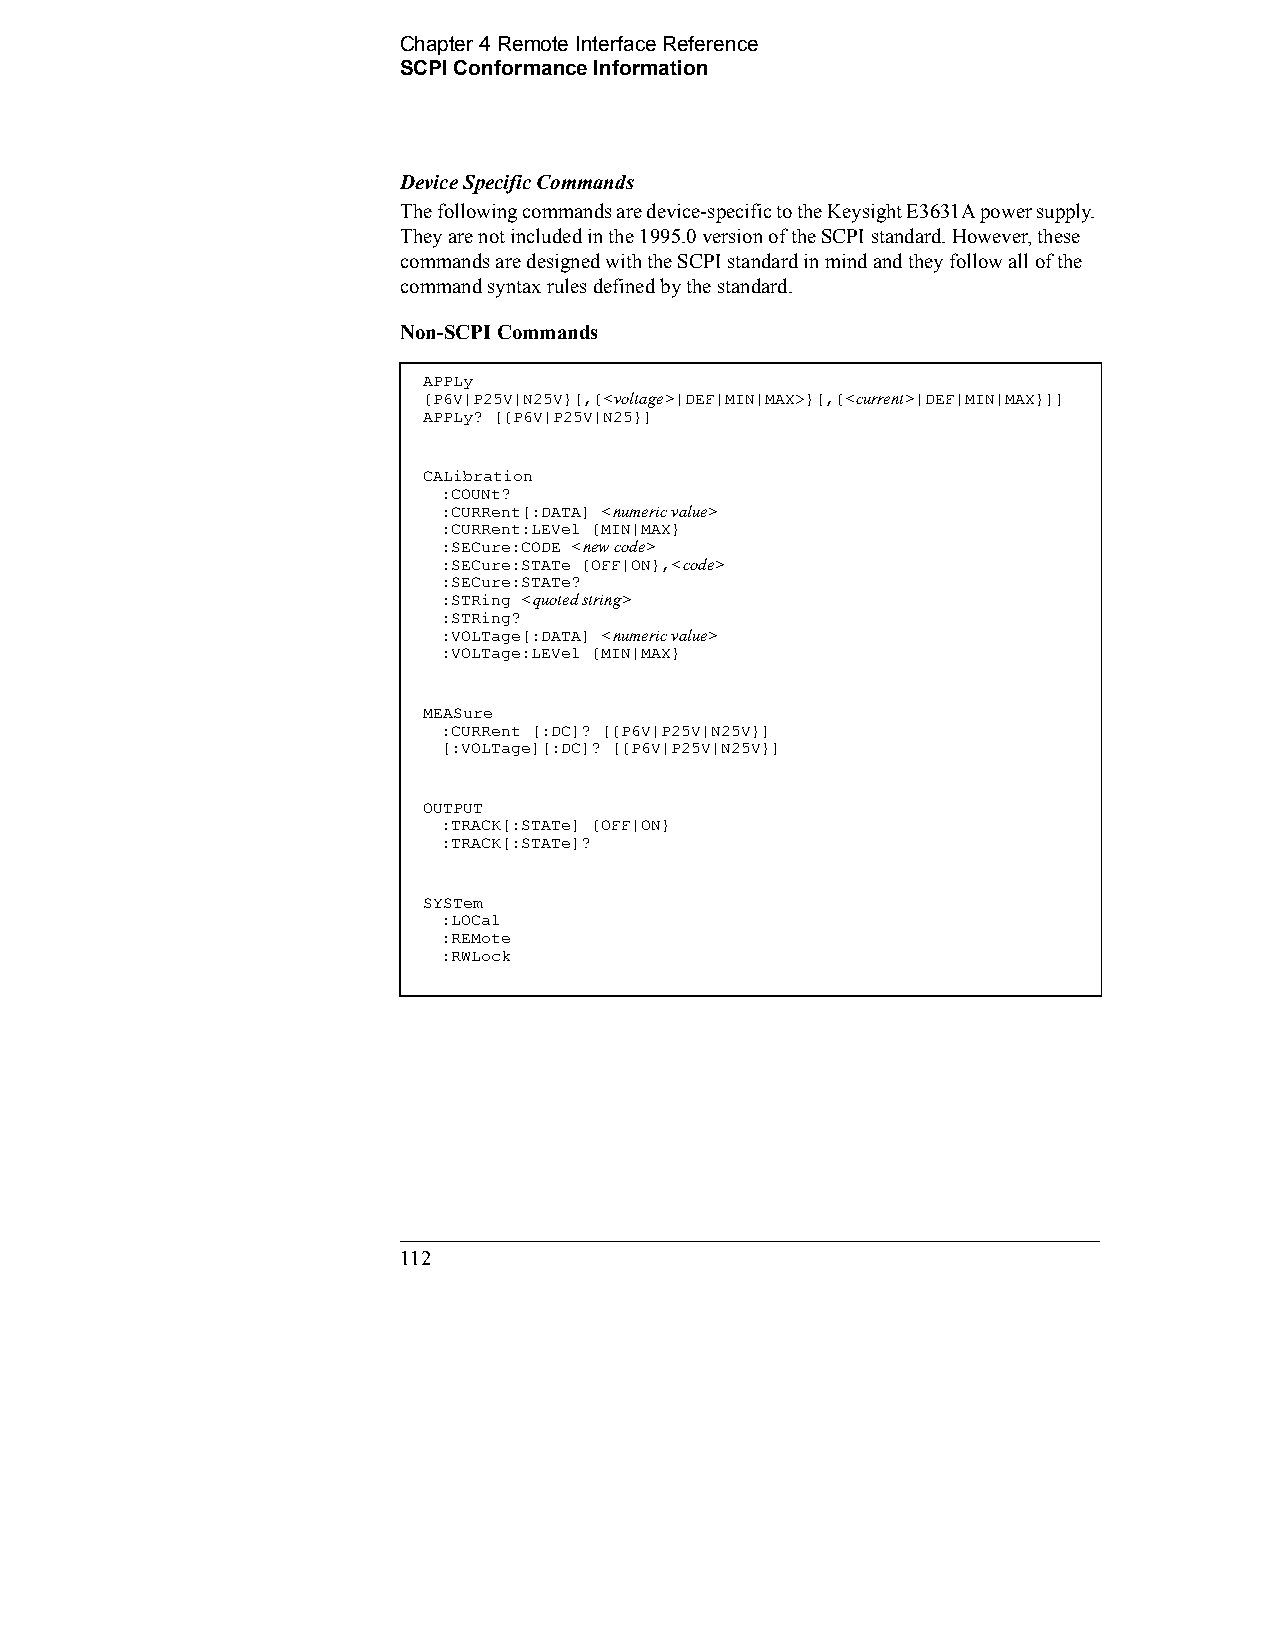
Chapter 4 Remote Interface Reference    
 SCPI Conformance Information
 Device Specific Commands
 The following commands are device-specific to the Keysight E3631A power supply.
 They are not included in the 1995.0 version of the SCPI standard. However, these
 commands are designed with the SCPI standard in mind and they follow all of the
 command syntax rules defined by the standard.
 Non-SCPI Commands
 APPLy
 {P6V|P25V|N25V}[,{<voltage>|DEF|MIN|MAX>}[,{<current>|DEF|MIN|MAX}]]
 APPLy? [{P6V|P25V|N25}]
 CALibration
 :COUNt?
 :CURRent[:DATA] <numeric value>
 :CURRent:LEVel {MIN|MAX}
 :SECure:CODE <new code>
 :SECure:STATe {OFF|ON},<code>
 :SECure:STATe?
 :STRing <quoted string>
 :STRing?
 :VOLTage[:DATA] <numeric value>
 :VOLTage:LEVel {MIN|MAX}
 MEASure
 :CURRent [:DC]? [{P6V|P25V|N25V}]
 [:VOLTage][:DC]? [{P6V|P25V|N25V}]
 OUTPUT
 :TRACK[:STATe] {OFF|ON}
 :TRACK[:STATe]?
 SYSTem
 :LOCal
 :REMote
 :RWLock
 112                                            